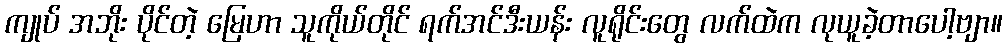
ကျုပ် အဘိုး ပိုင်တဲ့ မြေဟာ သူကိုယ်တိုင် ရက်အင်ဒီးယန်း လူရိုင်းတွေ လက်ထဲက လုယူခဲ့တာပေါ့ဗျာ။